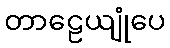
တာဠေယျုံပေ